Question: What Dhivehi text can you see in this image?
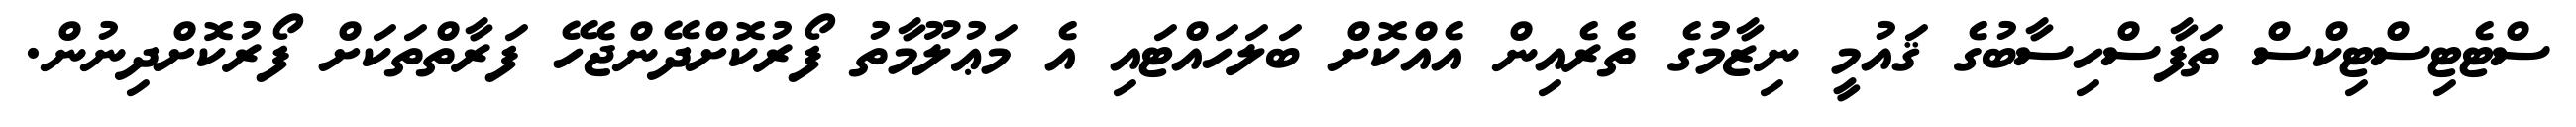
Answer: ސްޓެޓިސްޓިކްސް ތަފާސްހިސާބުގެ ޤައުމީ ނިޒާމުގެ ތެރެއިން އެއްކޮށް ބަލަހައްޓައި އެ މަޢުލޫމާތު ފޯރުކޮށްދޭންޖެހޭ ފަރާތްތަކަށް ފޯރުކޮށްދިނުން.